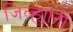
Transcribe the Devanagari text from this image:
जिल्ह्यांनी